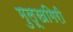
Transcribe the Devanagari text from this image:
मुलूखगिरी